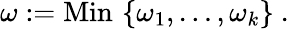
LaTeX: \omega:=\mathrm{Min\, }\left\{ \omega_{1},\dots,\omega_{k}\right\} \ .